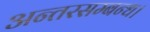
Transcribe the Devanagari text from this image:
अन्तरसम्बन्ध।